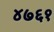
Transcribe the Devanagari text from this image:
४७६१